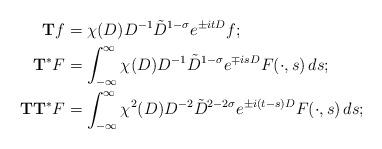
LaTeX: \begin{align*} \mathbf{T} f & = \chi (D) D^{-1} \tilde{D}^{1 -\sigma} e^{\pm i t D} f;\\ \mathbf{T}^* F & = \int_{-\infty}^\infty \chi (D) D^{-1} \tilde{D}^{1 -\sigma} e^{\mp i s D} F(\cdot, s) \,ds;\\ \mathbf{T} \mathbf{T}^* F & = \int_{-\infty}^\infty \chi^2 (D) D^{-2} \tilde{D}^{2 -2\sigma} e^{\pm i(t-s) D} F(\cdot, s)\, ds;\end{align*}